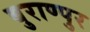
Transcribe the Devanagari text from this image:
बुराण्पुर